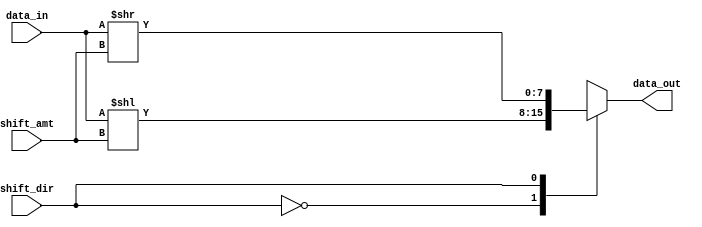
module barrel_shifter(
  input signed [7:0] data_in,
  input [2:0] shift_amt,
  input shift_dir,
  output reg signed [7:0] data_out
);

always @(*) begin
  case(shift_dir)
    1'b0: data_out = data_in << shift_amt;
    1'b1: data_out = data_in >> shift_amt;
  endcase
end

endmodule